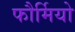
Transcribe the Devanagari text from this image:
फौर्मियो